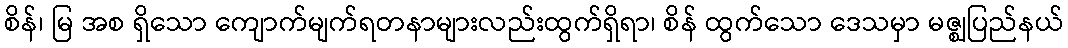
စိန်၊ မြ အစ ရှိသော ကျောက်မျက်ရတနာများလည်းထွက်ရှိရာ၊ စိန် ထွက်သော ဒေသမှာ မဇ္ဈပြည်နယ်